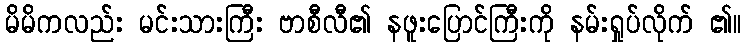
မိမိကလည်း မင်းသားကြီး ဗာစီလီ၏ နဖူးပြောင်ကြီးကို နမ်းရှုပ်လိုက် ၏။